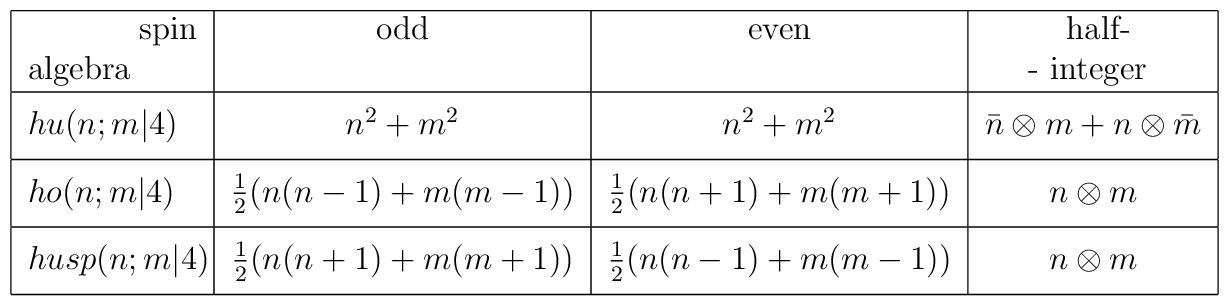
\begin{tabular}{|l|c|c|c|} \hline \hfill spin                &       $ \mbox{ odd }$            &   $\mbox{ even }  $                &       $\mbox{ half-}$         \\ algebra\hfill                 &&                                     &    $\mbox{- integer } $  \\ \hline$hu(n;m|4)\phantom{\kern -1em\biggl(}$ &    $n^2 +m^2$ &    $n^2+m^2$ &    $\bar{n}\otimes m+n\otimes\bar{m}$ \\\hline$ho(n;m|4)\phantom{\kern -1em\biggl(}$ &   $\frac{1}{2}(n(n-1)+m(m-1))$ &    $\frac{1}{2}(n(n+1)+m(m+1))$ &   $n\otimes m$     \\\hline     $husp(n;m|4)\phantom{\kern -1em\biggl(}$ &   $\frac{1}{2}(n(n+1)+m(m+1))$ &    $\frac{1}{2}(n(n-1)+m(m-1))$ &   $n\otimes m$     \\\hline\end{tabular}